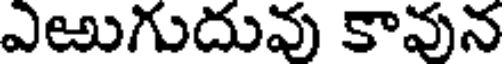
ఎఱుగుదువు కావున